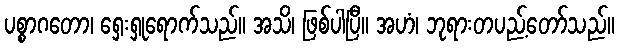
ပစ္စာဂတော၊ ရှေးရှုရောက်သည်။ အသိ၊ ဖြစ်ပါပြီ။ အဟံ၊ ဘုရားတပည့်တော်သည်။